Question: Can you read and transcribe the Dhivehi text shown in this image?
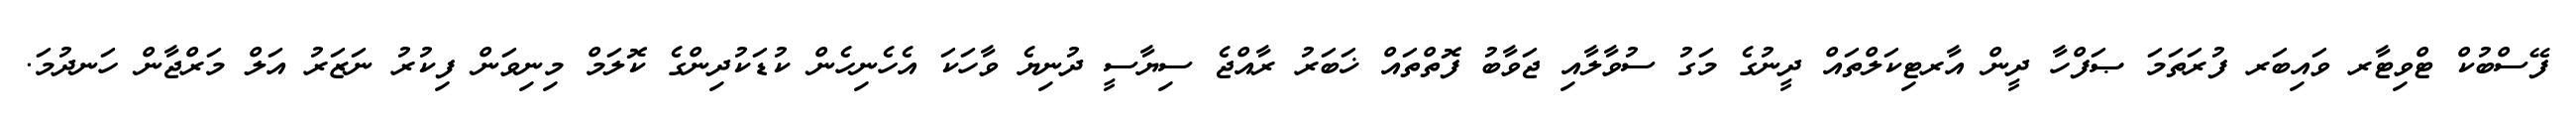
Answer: ފޭސްބުކް ޓްވިޓާރ ވައިބަރ ފުރަތަމަ ޞަފްހާ ދީން އާރޓިކަލްތައް ދީނުގެ މަގު ސުވާލާއި ޖަވާބު ފޮތްތައް ޚަބަރު ރާއްޖެ ސިޔާސީ ދުނިޔެ ވާހަކަ އެހެނިހެން ކުޑަކުދިންގެ ކޮލަމް މިނިވަން ފިކުރު ނަޒަރު އަލް މަރްޖާން ހަނދުމަ.